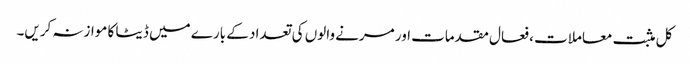
کل مثبت معاملات ، فعال مقدمات اور مرنے والوں کی تعداد کے بارے میں ڈیٹا کا موازنہ کریں۔